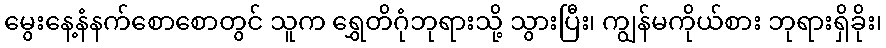
မွေးနေ့နံနက်စောစောတွင် သူက ရွှေတိဂုံဘုရားသို့ သွားပြီး၊ ကျွန်မကိုယ်စား ဘုရားရှိခိုး၊